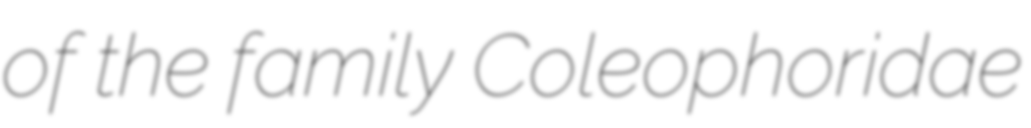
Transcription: of the family Coleophoridae